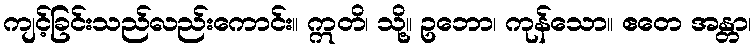
ကျင့်ခြင်းသည်လည်းကောင်း။ ဣတိ၊ သို့။ ဥဘော၊ ကုန်သော။ ဧတေ အန္တာ၊